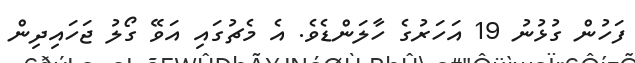
ފަހުން ގުޅުނު 19 އަހަރުގެ ހާލަންޑެވެ. އެ މެޗުގައި އަވޭ ގޯލު ޖަހައިދިން